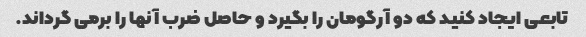
تابعی ایجاد کنید که دو آرگومان را بگیرد و حاصل ضرب آنها را برمی گرداند.